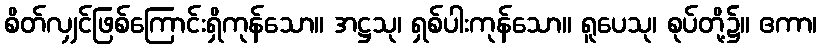
စိတ်လျှင်ဖြစ်ကြောင်းရှိကုန်သော။ အဋ္ဌသု၊ ရှစ်ပါးကုန်သော။ ရူပေသု၊ စုပ်တို့၌။ ဧကာ၊